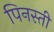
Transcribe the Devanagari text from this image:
पिनस्ती